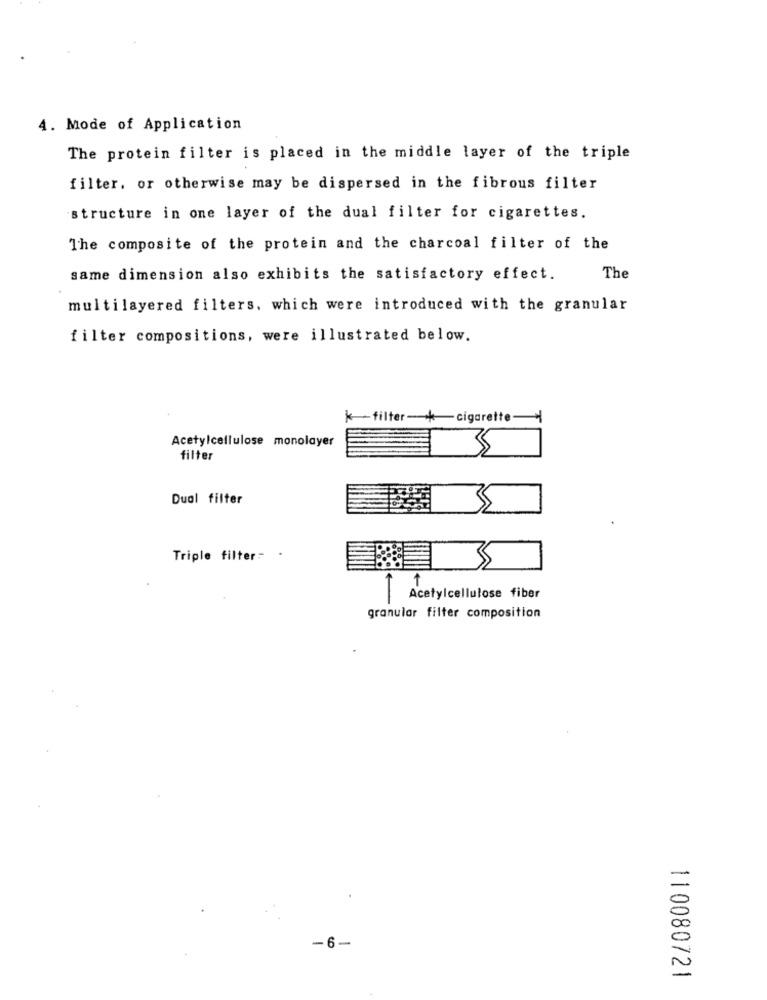
4. Mode of Application
The protein filter is placed in the middle layer of the triple
filter. or otherwise may be dispersed in the fibrous filter
structure in one layer of the dual filter for cigarettes.
The composite of the protein and the charcoal filter of the
same dimension also exhibits the satisfactory effect.
The
multilayered filters, which were introduced with the granular
filter compositions, were illustrated below.
Acetylcellulose monolayer
filter
Dual filter
Triple filter-
Acetylcellulose fiber
granular filter composition
-
-6-
5
110080721